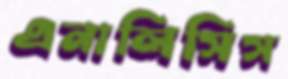
এনালিসিস